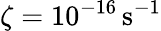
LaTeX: \zeta=10^{-16}\, \mathrm{s}^{-1}